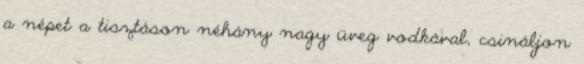
a népet a tisztáson néhány nagy üveg vodkával, csináljon